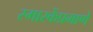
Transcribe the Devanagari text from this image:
स्मारकेंप्रमाणे